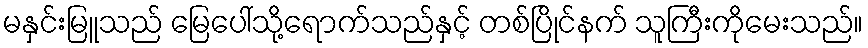
မနှင်းမြူသည် မြေပေါ်သို့ရောက်သည်နှင့် တစ်ပြိုင်နက် သူကြီးကိုမေးသည်။